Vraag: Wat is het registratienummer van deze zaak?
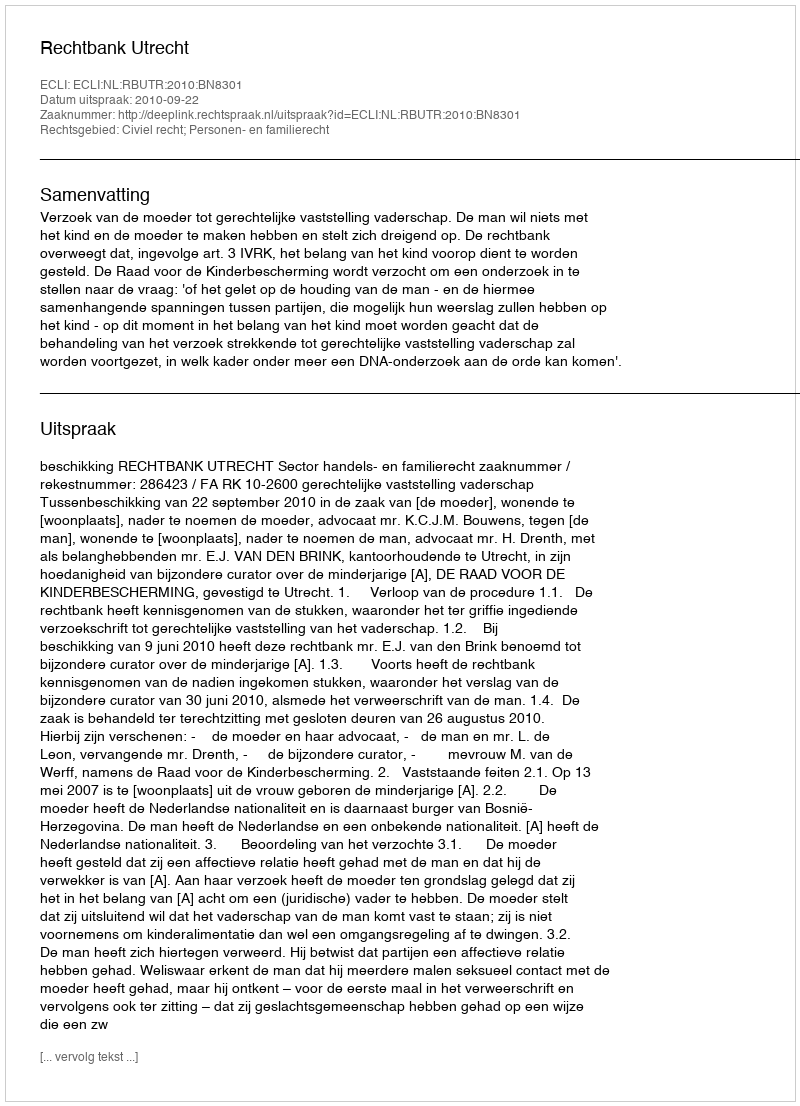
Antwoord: http://deeplink.rechtspraak.nl/uitspraak?id=ECLI:NL:RBUTR:2010:BN8301